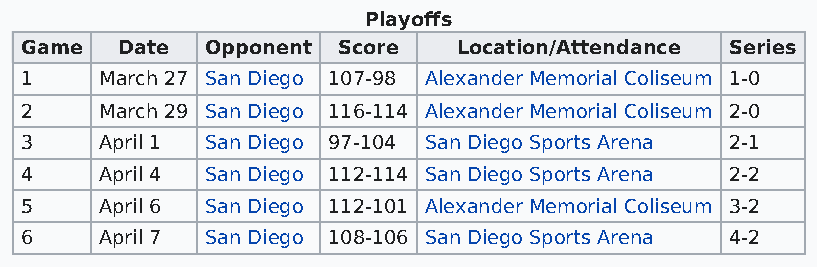
Playoffs
 Game   Date  Opponent Score  Location/Attendance Series
 1     March 27 San Diego 107-98 Alexander Memorial Coliseum 1-0
 2     March 29 San Diego 116-114 Alexander Memorial Coliseum 2-0
 3     April 1 San Diego 97-104 San Diego Sports Arena 2-1
 4     April 4 San Diego 112-114 San Diego Sports Arena 2-2
 5     April 6 San Diego 112-101 Alexander Memorial Coliseum 3-2
 6     April 7 San Diego 108-106 San Diego Sports Arena 4-2